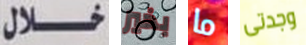
خلال بخير ما وجدتى